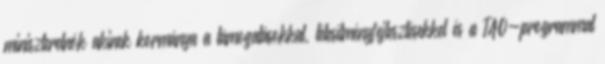
miniszterelnök akinek kormánya a támogatásokkal, létesítményfejlesztésekkel és a TAO-programmal